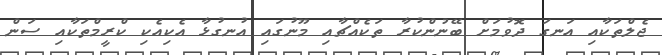
ޖެލްތަކާއި އަނގަ ދޮވުމަށް ބޭނުންކުރާ ތަކެއްޗާއި މޫނުގައި އުނގުޅާ އެކިއެކި ކްރީމްތަކާއި ސަން